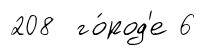
208 го́род'е 6